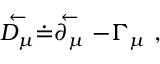
\stackrel { \leftarrow } { D _ { \mu } } \doteq \stackrel { \leftarrow } { \partial _ { \mu } } - \Gamma _ { \mu } \ ,